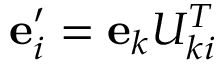
{ \bf e } _ { i } ^ { \prime } = { \bf e } _ { k } U _ { k i } ^ { T }